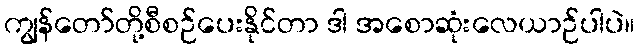
ကျွန်တော်တို့စီစဉ်ပေးနိုင်တာ ဒါ အစောဆုံးလေယာဉ်ပါပဲ။